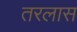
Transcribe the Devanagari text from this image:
तरलास